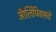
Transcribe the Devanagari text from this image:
ऑलिंपिक्सचे